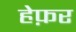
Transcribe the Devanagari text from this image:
हेफ़र